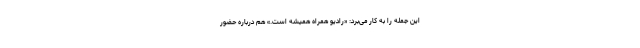
این جمله را به کار می‌برد: «رادیو همراه همیشه است.» هم درباره حضور